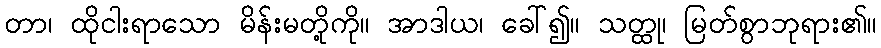
တာ၊ ထိုငါးရာသော မိန်းမတို့ကို။ အာဒါယ၊ ခေါ်၍။ သတ္ထု၊ မြတ်စွာဘုရား၏။